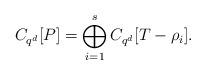
LaTeX: \begin{align*}C_{q^d}[P]=\bigoplus_{i=1}^{ s} C_{q^d}[T-\rho_i].\end{align*}